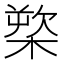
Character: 𰘒